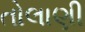
તોલાણી